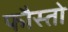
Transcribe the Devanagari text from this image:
फौस्तो